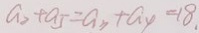
a _ { 2 } + a _ { 5 } = a _ { 3 } + a _ { 4 } = 1 8 .